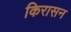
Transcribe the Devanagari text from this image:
किरासन